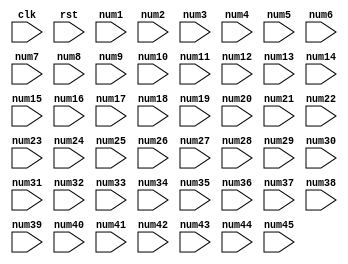
module top
(
  input clk,
  input rst,
  input [4:0] num1,
  input [4:0] num2,
  input [4:0] num3,
  input [4:0] num4,
  input [4:0] num5,
  input [4:0] num6,
  input [4:0] num7,
  input [4:0] num8,
  input [4:0] num9,
  input [4:0] num10,
  input [4:0] num11,
  input [4:0] num12,
  input [4:0] num13,
  input [4:0] num14,
  input [4:0] num15,
  input [4:0] num16,
  input [4:0] num17,
  input [4:0] num18,
  input [4:0] num19,
  input [4:0] num20,
  input [4:0] num21,
  input [4:0] num22,
  input [4:0] num23,
  input [4:0] num24,
  input [4:0] num25,
  input [4:0] num26,
  input [4:0] num27,
  input [4:0] num28,
  input [4:0] num29,
  input [4:0] num30,
  input [4:0] num31,
  input [4:0] num32,
  input [4:0] num33,
  input [4:0] num34,
  input [4:0] num35,
  input [4:0] num36,
  input [4:0] num37,
  input [4:0] num38,
  input [4:0] num39,
  input [4:0] num40,
  input [4:0] num41,
  input [4:0] num42,
  input [4:0] num43,
  input [4:0] num44,
  input [4:0] num45
);

  reg [9:0] res1;
  reg [9:0] res1Nxt;
  reg [9:0] res2;
  reg [9:0] res2Nxt;
  reg [9:0] res3;
  reg [9:0] res3Nxt;
  reg [9:0] res4;
  reg [9:0] res4Nxt;
  reg [9:0] res5;
  reg [9:0] res5Nxt;
  reg [9:0] res6;
  reg [9:0] res6Nxt;
  reg [9:0] res7;
  reg [9:0] res7Nxt;
  reg [9:0] res8;
  reg [9:0] res8Nxt;
  reg [9:0] res9;
  reg [9:0] res9Nxt;
  reg [9:0] res10;
  reg [9:0] res10Nxt;
  wire [9:0] out1;
  wire [9:0] out2;
  wire [9:0] out3;
  wire [9:0] out4;
  wire [9:0] out5;
  wire [9:0] out6;
  wire [9:0] out7;
  wire [9:0] out8;
  wire [9:0] out9;
  wire [9:0] out10;
  reg [9:0] in1;
  reg [9:0] in2;
  reg [9:0] in3;
  reg [9:0] in4;
  reg [9:0] in5;
  reg [9:0] in6;
  reg [9:0] in7;
  reg [9:0] in8;
  reg [9:0] in9;
  reg [9:0] in10;
  reg [9:0] in11;
  reg [9:0] in12;
  reg [9:0] in13;
  reg [9:0] in14;
  reg [9:0] in15;
  reg [9:0] in16;
  reg [9:0] in17;
  reg [9:0] in18;
  reg [9:0] in19;
  reg [9:0] in20;
  reg [3:0] counter;
  reg [3:0] counterNxt;
  assign out1 = in1 + in2;
  assign out2 = in3 + in4;
  assign out3 = in5 + in6;
  assign out4 = in7 + in8;
  assign out5 = in9 + in10;
  assign out6 = in11 + in12;
  assign out7 = in13 + in14;
  assign out8 = in15 + in16;
  assign out9 = in17 + in18;
  assign out10 = in19 + in20;

  always @(posedge clk) begin
    counter <= counterNxt;
    res1 <= res1Nxt;
    res2 <= res2Nxt;
    res3 <= res3Nxt;
    res4 <= res4Nxt;
    res5 <= res5Nxt;
    res6 <= res6Nxt;
    res7 <= res7Nxt;
    res8 <= res8Nxt;
    res9 <= res9Nxt;
    res10 <= res10Nxt;
  end


  always @(*) begin
    res1Nxt = res1;
    res2Nxt = res2;
    res3Nxt = res3;
    res4Nxt = res4;
    res5Nxt = res5;
    res6Nxt = res6;
    res7Nxt = res7;
    res8Nxt = res8;
    res9Nxt = res9;
    res10Nxt = res10;
    counter = counter + 1;
    if(rst) begin
      res1Nxt = 0;
      res2Nxt = 0;
      res3Nxt = 0;
      res4Nxt = 0;
      res5Nxt = 0;
      res6Nxt = 0;
      res7Nxt = 0;
      res8Nxt = 0;
      res9Nxt = 0;
      res10Nxt = 0;
      counterNxt = 0;
    end else begin
      case(counter)
        0: begin
          in1 = num1;
          in2 = num2;
          in3 = num3;
          in4 = num4;
          in5 = num5;
          in6 = num6;
          in7 = num7;
          in8 = num8;
          in9 = num9;
          in10 = num10;
          in11 = num11;
          in12 = num12;
          in13 = num13;
          in14 = num14;
          in15 = num15;
          in16 = num16;
          in17 = num17;
          in18 = num18;
          in19 = num19;
          in20 = num20;
          resNxt1 = out1;
          resNxt2 = out2;
          resNxt3 = out3;
          resNxt4 = out4;
          resNxt5 = out5;
          resNxt6 = out6;
          resNxt7 = out7;
          resNxt8 = out8;
          resNxt9 = out9;
          resNxt10 = out10;
        end
        1: begin
          in1 = res1;
          in2 = num21;
          in3 = res2;
          in4 = num22;
          in5 = res3;
          in6 = num23;
          in7 = res4;
          in8 = num24;
          in9 = res5;
          in10 = num25;
          in11 = res6;
          in12 = num26;
          in13 = res7;
          in14 = num27;
          in15 = res8;
          in16 = num28;
          in17 = res9;
          in18 = num29;
          in19 = res10;
          in20 = num30;
          resNxt1 = out1;
          resNxt2 = out2;
          resNxt3 = out3;
          resNxt4 = out4;
          resNxt5 = out5;
          resNxt6 = out6;
          resNxt7 = out7;
          resNxt8 = out8;
          resNxt9 = out9;
          resNxt10 = out10;
        end
        2: begin
          in1 = res1;
          in2 = num31;
          in3 = res2;
          in4 = num32;
          in5 = res3;
          in6 = num33;
          in7 = res4;
          in8 = num34;
          in9 = res5;
          in10 = num35;
          in11 = res6;
          in12 = num36;
          in13 = res7;
          in14 = num37;
          in15 = res8;
          in16 = num38;
          in17 = res9;
          in18 = num39;
          resNxt1 = out1;
          resNxt2 = out2;
          resNxt3 = out3;
          resNxt4 = out4;
          resNxt5 = out5;
          resNxt6 = out6;
          resNxt7 = out7;
          resNxt8 = out8;
          resNxt9 = out9;
        end
        3: begin
          in1 = res1;
          in2 = num40;
          in3 = res2;
          in4 = num41;
          in5 = res3;
          in6 = num42;
          in7 = res4;
          in8 = num43;
          in9 = res5;
          in10 = num44;
          in11 = res6;
          in12 = num45;
          in13 = res7;
          in14 = res8;
          in15 = res9;
          in16 = res10;
          resNxt1 = out1;
          resNxt2 = out2;
          resNxt3 = out3;
          resNxt4 = out4;
          resNxt5 = out5;
          resNxt6 = out6;
          resNxt7 = out7;
          resNxt8 = out8;
        end
        4: begin
          in1 = res1;
          in2 = res2;
          in3 = res3;
          in4 = res4;
          in5 = res5;
          in6 = res6;
          in7 = res7;
          in8 = res8;
          resNxt1 = out1;
          resNxt2 = out2;
          resNxt3 = out3;
          resNxt4 = out4;
        end
        5: begin
          in1 = res1;
          in2 = res2;
          in3 = res3;
          in4 = res4;
          resNxt1 = out1;
          resNxt2 = out2;
        end
        6: begin
          in1 = res1;
          in2 = res2;
          resNxt1 = out1;
        end
      endcase
    end
  end


endmodule